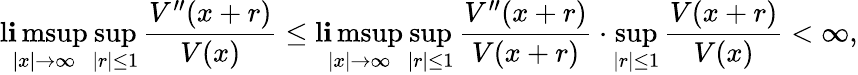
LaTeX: \operatorname*{l\mathbf{i}msup}_{|x|\to\infty}\operatorname*{sup}_{|r|\le1}\frac{{V^{\prime\prime}(x+r)}}{{V(x)}}\le\operatorname*{l\mathbf{i}msup}_{|x|\to\infty}\operatorname*{sup}_{|r|\le1}\frac{{V^{\prime\prime}(x+r)}}{{V(x+r)}}\cdot\operatorname*{sup}_{|r|\le1}\frac{{V(x+r)}}{{V(x)}}<\infty,